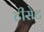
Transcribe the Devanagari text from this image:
टीसेट